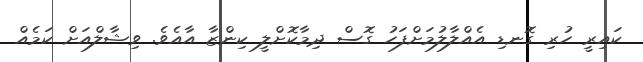
ކައިރީ ހުރި ގޮނޑި އެއްލާލުމަށްފަހު ގޮސް ދިމާކޮށްލީ ކިންޒާ އާއެވެ. ވިޝާލްއަށް ކަމެއް